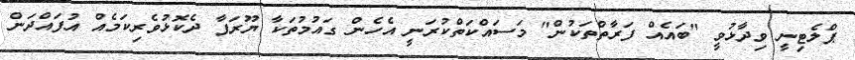
ޕްލެޓިނީ ވިދާޅުވީ "ބައެއް ފަރާތްތަކުން" މަސައްކަތްކުރަނީ އެހެން ގައުމުތަކާ ޔޫރަޕާ ދެކޮޅުވެރިކަމެއް އުފައްދަން